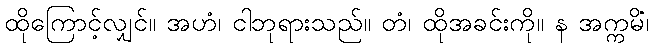
ထိုကြောင့်လျှင်။ အဟံ၊ ငါဘုရားသည်။ တံ၊ ထိုအခင်းကို။ န အက္ကမိံ၊